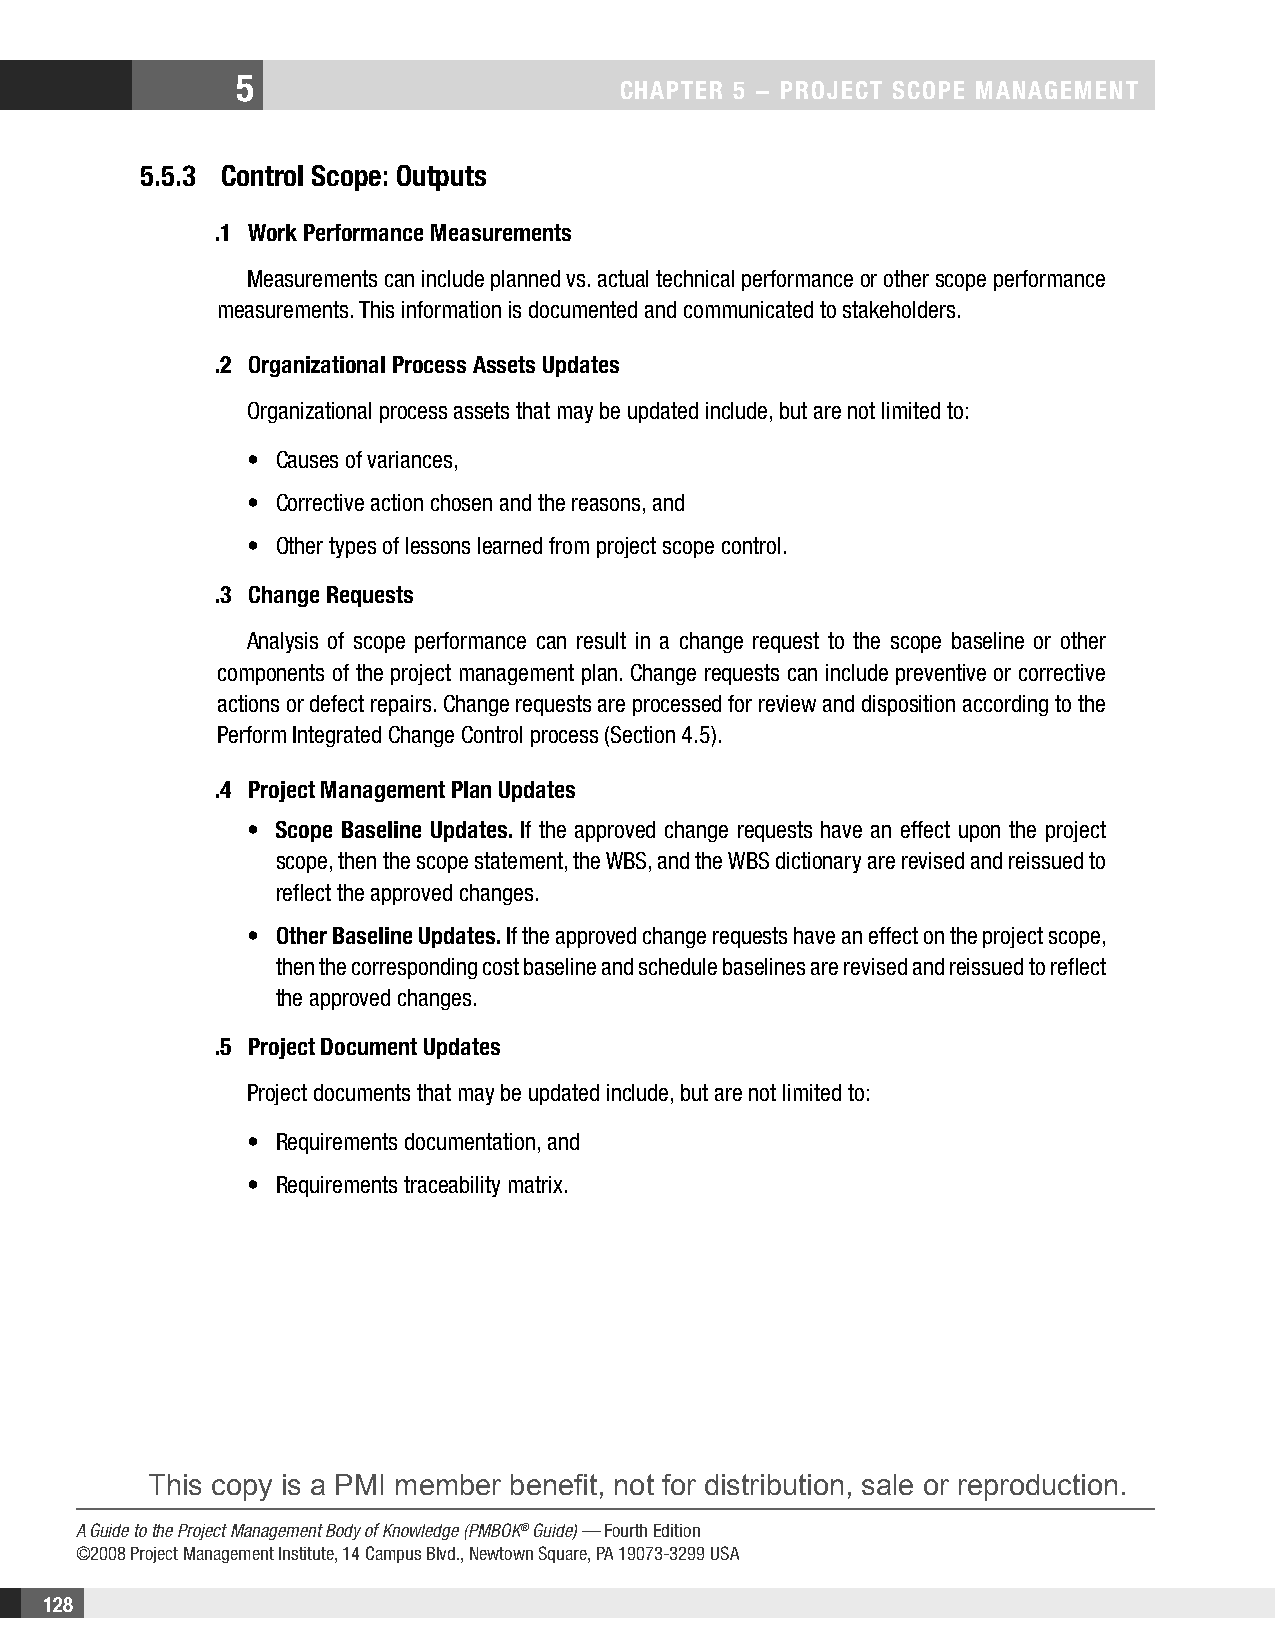
5
 CHAPTER 5 − PROjECT SCOPE MAnAgEMEnT
 5.5.3 Control Scope: Outputs
 .1 Work Performance Measurements
 Measurements can include planned vs. actual technical performance or other scope performance
 measurements. This information is documented and communicated to stakeholders.
 .2 Organizational Process Assets Updates
 Organizational process assets that may be updated include, but are not limited to:
 • Causes of variances,
 • Corrective action chosen and the reasons, and
 • Other types of lessons learned from project scope control.
 .3 Change Requests
 Analysis of scope performance can result in a change request to the scope baseline or other
 components of the project management plan. Change requests can include preventive or corrective
 actions or defect repairs. Change requests are processed for review and disposition according to the
 Perform Integrated Change Control process (Section 4.5).
 .4 Project Management Plan Updates
 • Scope Baseline Updates. If the approved change requests have an effect upon the project
 scope, then the scope statement, the WBS, and the WBS dictionary are revised and reissued to
 reflect the approved changes.
 • Other Baseline Updates. If the approved change requests have an effect on the project scope,
 then the corresponding cost baseline and schedule baselines are revised and reissued to reflect
 the approved changes.
 .5 Project Document Updates
 Project documents that may be updated include, but are not limited to:
 • Requirements documentation, and
 • Requirements traceability matrix.
 This copy is a PMI member benefit, not for distribution, sale or reproduction.
 A Guide to the Project Management Body of Knowledge (PMBOK® Guide) — Fourth Edition
 ©2008 Project Management Institute, 14 Campus Blvd., Newtown Square, PA 19073-3299 USA
 128